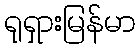
ရုရှားမြန်မာ